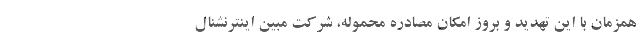
همزمان با این تهدید و بروز امکان مصادره محموله، شرکت مبین اینترنشنال